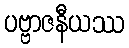
ပဗ္ဗာဇနီယဿ